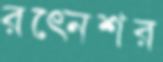
রত্নেশর